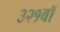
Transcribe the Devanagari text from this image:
३२१वॉ